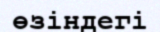
өзіндегі